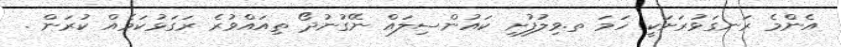
އެންމެ ރަނގަޅުރަށަކީ ހަމަ ތ.ވިލުފުށި ކައުންސިލައް ނޭގުނުދޯ ތިއައްވުރެ ރަގަޅުކަމެއް ކުރަން .